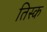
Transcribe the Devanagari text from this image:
तिस्क